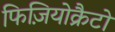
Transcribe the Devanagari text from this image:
फिज़ियोक्रैटों